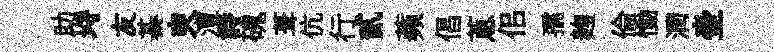
助埓友綦㬰澧詩磈葺伉行貳蘋倡蔥佀孺麹倫慟潤壷